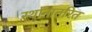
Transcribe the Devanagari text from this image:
स्थानातरित